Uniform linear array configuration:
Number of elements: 64
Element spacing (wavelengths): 0.5
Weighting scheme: hamming
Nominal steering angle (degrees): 15
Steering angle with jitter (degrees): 13.895
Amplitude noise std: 0.05
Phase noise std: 0.05

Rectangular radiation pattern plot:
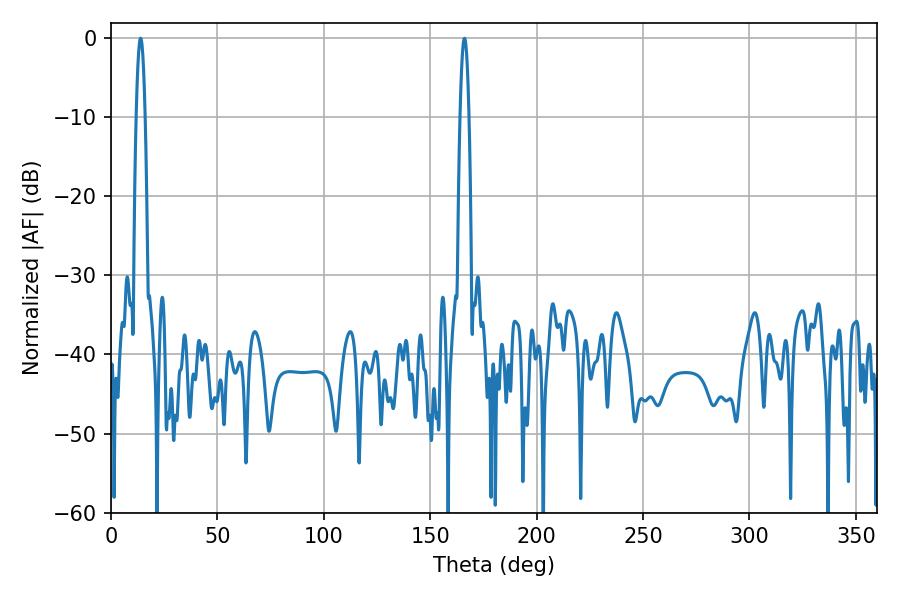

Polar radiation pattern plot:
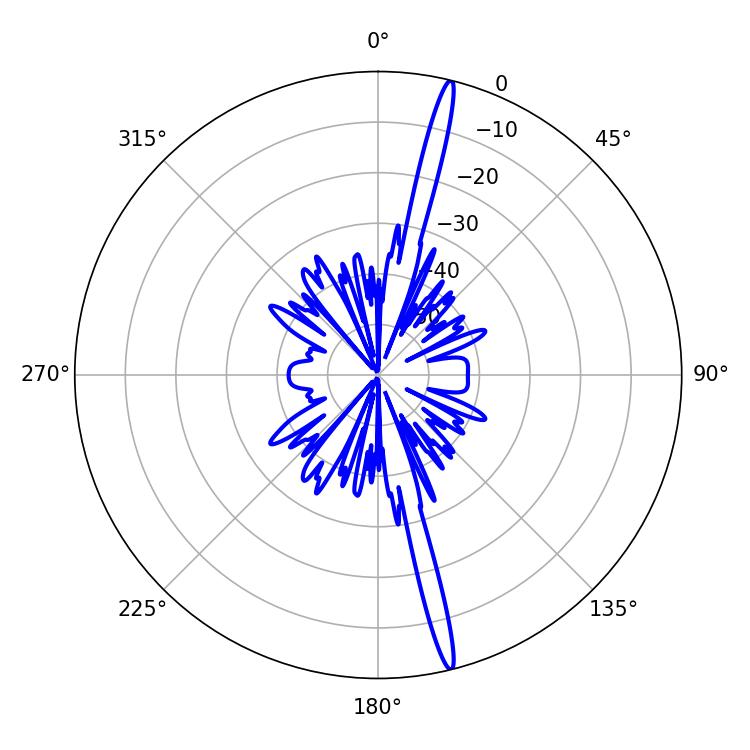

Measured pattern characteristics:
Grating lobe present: FALSE
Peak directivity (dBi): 19.743
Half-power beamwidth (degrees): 2.34
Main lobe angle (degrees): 13.86